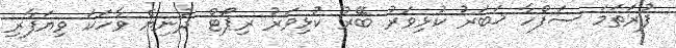
ފުރަތަމަ ސަފްހާ ޚަބަރު ކުޅިވަރު ބޭރު ކުޅިވަރު ރިޕޯޓް ދުނިޔެ ވާހަކަ ވިޔަފާރި